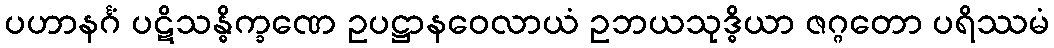
ပဟာနင်္ဂံ ပဋိသန္ဓိက္ခဏေ ဥပဋ္ဌာနဝေလာယံ ဥဘယသုဒ္ဓိယာ ဇဂ္ဂတော ပရိဿမံ